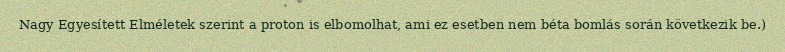
Nagy Egyesített Elméletek szerint a proton is elbomolhat, ami ez esetben nem béta bomlás során következik be.)